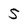
Character: 5